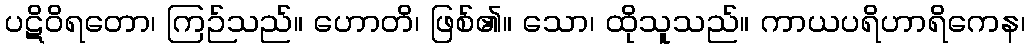
ပဋိဝိရတော၊ ကြဉ်သည်။ ဟောတိ၊ ဖြစ်၏။ သော၊ ထိုသူသည်။ ကာယပရိဟာရိကေန၊